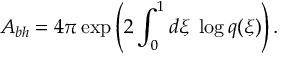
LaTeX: A _ { b h } = 4 \pi \exp \left( 2 \int _ { 0 } ^ { 1 } d \xi \; \log q ( \xi ) \right) .